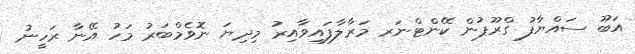
އަބޫ ސައްޔާފު ގްރޫޕުން ކޭންޓްނަރ މަރާލާފައިވާއިރު މިދިޔަ ނޮވެމްބަރު މަހު އޭނާ ރަހީނު